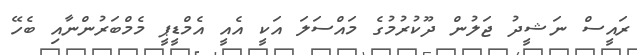
ރައީސް ނަޝީދު ޖަލުން ދޫކުުރުމުގެ މައްސަލަ އަކީ އެއީ އެމްޑީޕީ މެމްބަރުންނާއި ބެހޭ